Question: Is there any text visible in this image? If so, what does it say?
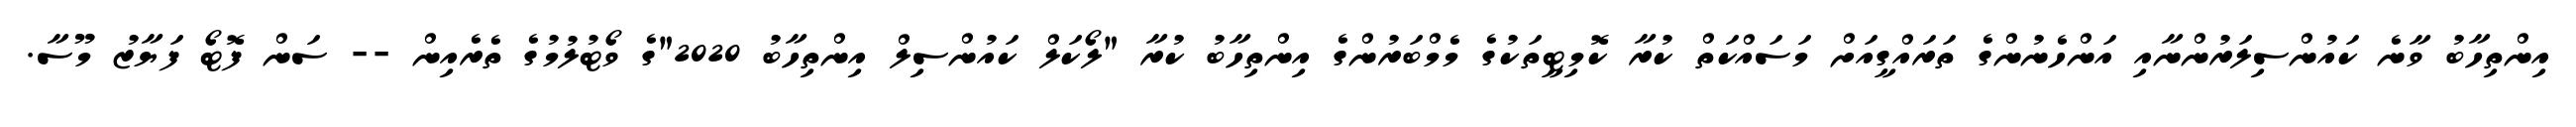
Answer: އިންތިހާބު ވާނެ ކައުންސިލަރުންނާއި އަންހެނުންގެ ތަރައްގީއަށް މަސައްކަތް ކުރާ ކޮމިޓީތަކުގެ މެމްބަރުންގެ އިންތިހާބު ކުރާ "ލޯކަލް ކައުންސިލް އިންތިހާބު 2020"ގެ ވޯޓުލުމުގެ ތެރެއިން -- ސަން ފޮޓޯ ފަޔާޒު މޫސާ.